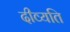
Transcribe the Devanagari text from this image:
दीव्यति